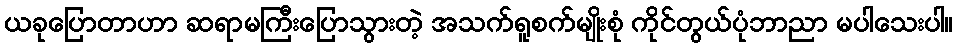
ယခုပြောတာဟာ ဆရာမကြီးပြောသွားတဲ့ အသက်ရူစက်မျိုးစုံ ကိုင်တွယ်ပုံဘာညာ မပါသေးပါ။